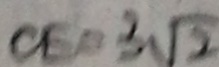
C E = 3 \sqrt { 2 }